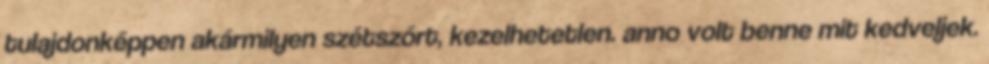
tulajdonképpen akármilyen szétszórt, kezelhetetlen. anno volt benne mit kedveljek.